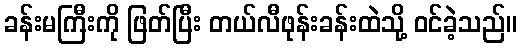
ခန်းမကြီးကို ဖြတ်ပြီး တယ်လီဖုန်းခန်းထဲသို့ ဝင်ခဲ့သည်။